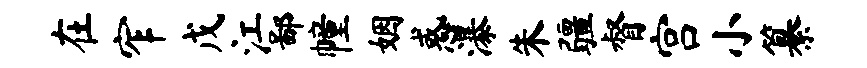
在窄戊江鄙幢姻惑瀑朱疆督宫小纂